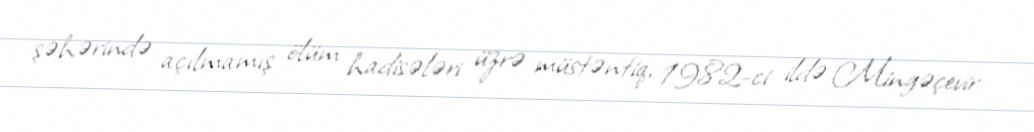
şəhərində açılmamış ölüm hadisələri üzrə müstəntiq, 1982-ci ildə Mingəçevir